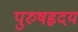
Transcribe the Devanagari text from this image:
पुरुषहृदय